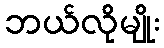
ဘယ်လိုမျိုး